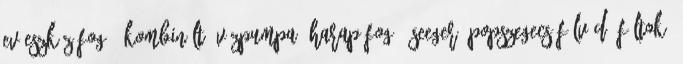
Evőeszköz Fogó, Kombinált, Vízpumpa, Harapófogó, Seeger, Popszegecs Fülvédő Fültok-